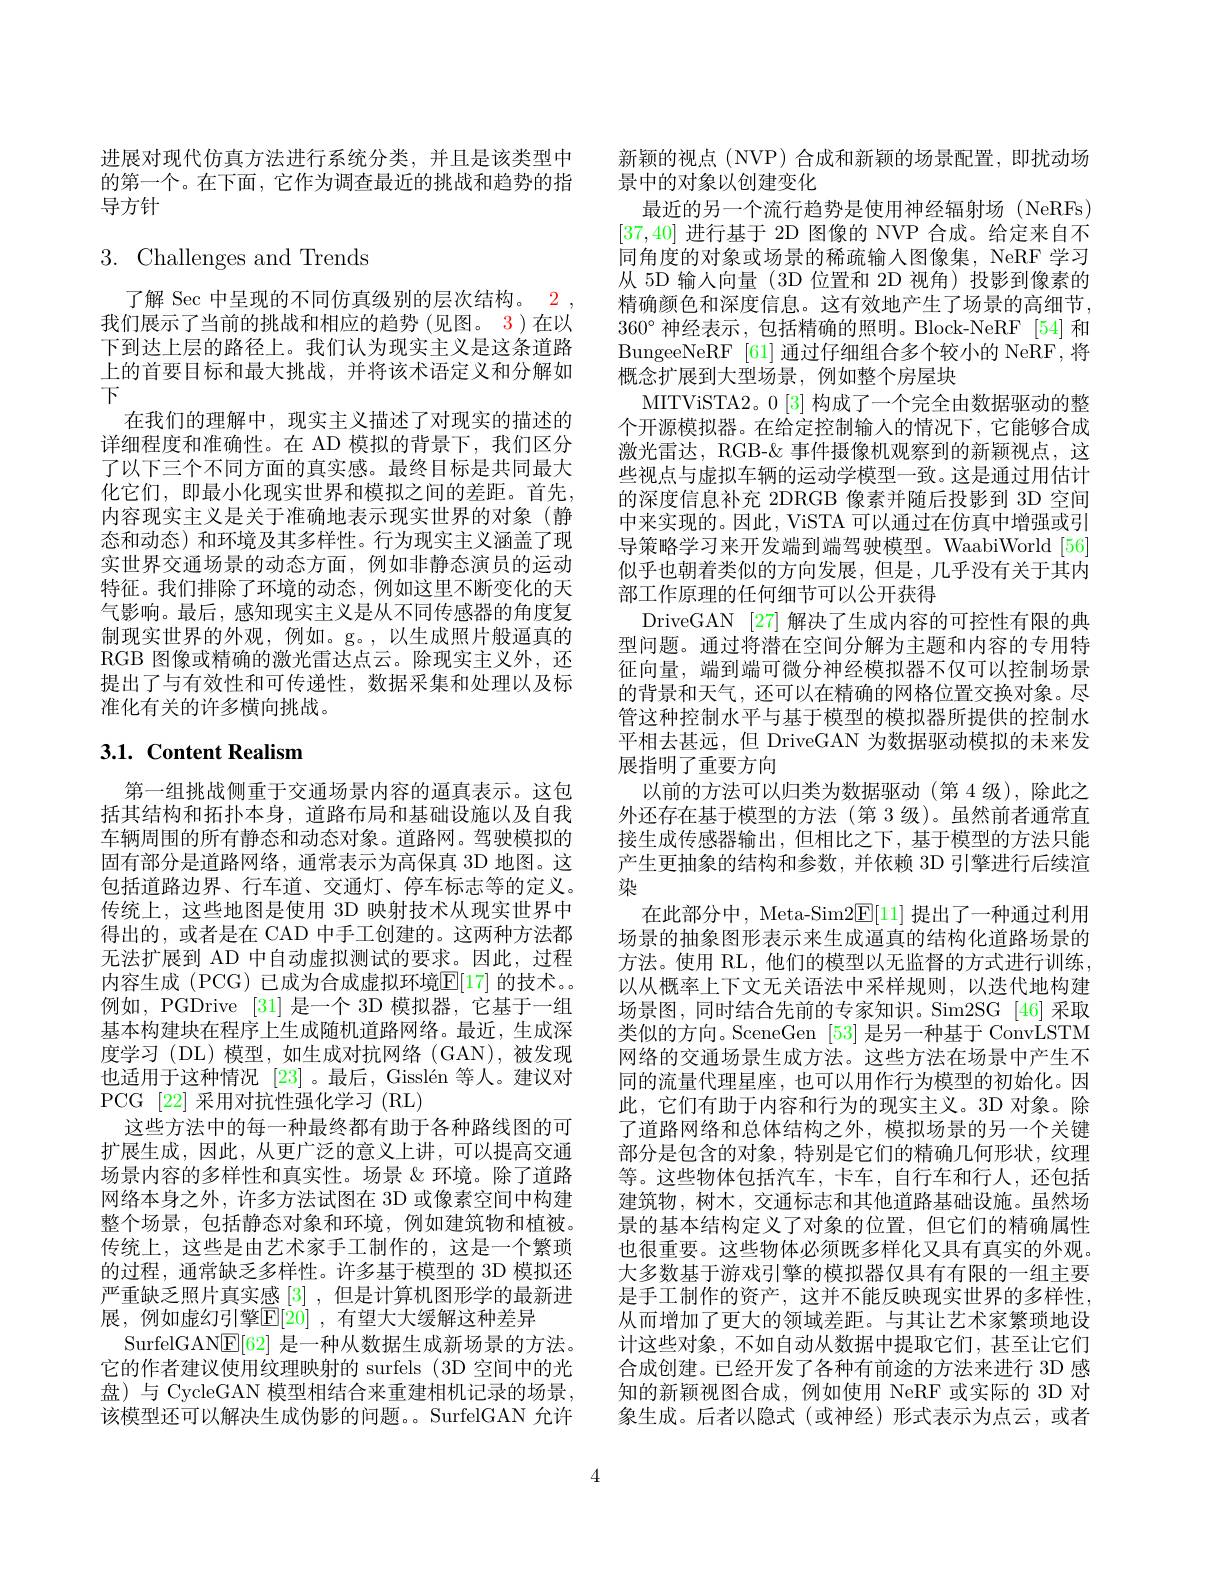
进展对现代仿真方法进行系统分类，并且是该类型中的第一个。在下面，它作为调查最近的挑战和趋势的指导方针

# $3.{\mathrm{Challenges~and~Trends}}$

了解 Sec 中呈现的不同仿真级别的层次结构。2 , 我们展示了当前的挑战和相应的趋势(见图。3)在以下到达上层的路径上。我们认为现实主义是这条道路上的首要目标和最大挑战，并将该术语定义和分解如下
在我们的理解中，现实主义描述了对现实的描述的详细程度和准确性。在 AD 模拟的背景下，我们区分了以下三个不同方面的真实感。最终目标是共同最大化它们，即最小化现实世界和模拟之间的差距。首先， 内容现实主义是关于准确地表示现实世界的对象(静态和动态)和环境及其多样性。行为现实主义涵盖了现实世界交通场景的动态方面，例如非静态演员的运动特征。我们排除了环境的动态，例如这里不断变化的天气影响。最后，感知现实主义是从不同传感器的角度复制现实世界的外观，例如。g。,以生成照片般逼真的RGB 图像或精确的激光雷达点云。除现实主义外，还提出了与有效性和可传递性，数据采集和处理以及标准化有关的许多横向挑战。

# 3.1. Content Realism

第一组挑战侧重于交通场景内容的逼真表示。这包括其结构和拓扑本身，道路布局和基础设施以及自我车辆周围的所有静态和动态对象。道路网。驾驶模拟的固有部分是道路网络，通常表示为高保真 3D 地图。这包括道路边界、行车道、交通灯、停车标志等的定义。传统上，这些地图是使用 3D 映射技术从现实世界中得出的，或者是在 CAD 中手工创建的。这两种方法都无法扩展到 AD 中自动虚拟测试的要求。因此，过程内容生成 (PCG) 已成为合成虚拟环境$\overline{\mathrm{E}}[17]$ 的技术。例如，PGDrive [31] 是一个 3D 模拟器，它基于一组基本构建块在程序上生成随机道路网络。最近，生成深度学习(DL)模型，如生成对抗网络(GAN),被发现也适用于这种情况 [23]。最后，Gisslén 等人。建议对PCG [22] 采用对抗性强化学习 (RL)
这些方法中的每一种最终都有助于各种路线图的可扩展生成，因此，从更广泛的意义上讲，可以提高交通场景内容的多样性和真实性。场景《环境。除了道路网络本身之外，许多方法试图在 3D 或像素空间中构建整个场景，包括静态对象和环境，例如建筑物和植被。传统上，这些是由艺术家手工制作的，这是一个繁琐的过程，通常缺乏多样性。许多基于模型的 3D 模拟还严重缺乏照片真实感[3] ,但是计算机图形学的最新进展，例如虚幻引擎$\mathbb{E}[20]$ ,有望大大缓解这种差异
SurfelGAN$\mathbb{E}[62]$是一种从数据生成新场景的方法。它的作者建议使用纹理映射的 surfels (3D 空间中的光盘)与 CycleGAN 模型相结合来重建相机记录的场景， 该模型还可以解决生成伪影的问题。SurfelGAN 允许

新颖的视点(NVP)合成和新颖的场景配置，即扰动场
景中的对象以创建变化
最近的另一个流行趋势是使用神经辐射场 (NeRFs) [37,40]进行基于 2D 图像的 NVP 合成。给定来自不同角度的对象或场景的稀疏输入图像集，NeRF 学习从 5D 输入向量 (3D 位置和 2D 视角)投影到像素的精确颜色和深度信息。这有效地产生了场景的高细节， $360^{\circ}$神经表示，包括精确的照明。Block-NeRF [54] 和BungeeNeRF [61] 通过仔细组合多个较小的 NeRF,将概念扩展到大型场景，例如整个房屋块
MITViSTA2。0 [3] 构成了一个完全由数据驱动的整个开源模拟器。在给定控制输入的情况下，它能够合成激光雷达，RGB-& 事件摄像机观察到的新颖视点，这些视点与虚拟车辆的运动学模型一致。这是通过用估计的深度信息补充 2DRGB 像素并随后投影到 3D 空间中来实现的。因此，ViSTA 可以通过在仿真中增强或引导策略学习来开发端到端驾驶模型。WaabiWorld[56] 似乎也朝着类似的方向发展，但是，几乎没有关于其内部工作原理的任何细节可以公开获得
DriveGAN [27] 解决了生成内容的可控性有限的典型问题。通过将潜在空间分解为主题和内容的专用特征向量，端到端可微分神经模拟器不仅可以控制场景的背景和天气，还可以在精确的网格位置交换对象。尽管这种控制水平与基于模型的模拟器所提供的控制水平相去甚远，但 DriveGAN 为数据驱动模拟的未来发展指明了重要方向
以前的方法可以归类为数据驱动 (第 4 级),除此之外还存在基于模型的方法(第 3 级)。虽然前者通常直接生成传感器输出，但相比之下，基于模型的方法只能产生更抽象的结构和参数，并依赖 3D 引擎进行后续渲染
在此部分中，Meta-Sim2E[11] 提出了一种通过利用场景的抽象图形表示来生成逼真的结构化道路场景的方法。使用 RL, 他们的模型以无监督的方式进行训练， 以从概率上下文无关语法中采样规则，以迭代地构建场景图，同时结合先前的专家知识。Sim2SG [46]采取类似的方向。SceneGen [53]是另一种基于 ConvLSTM 网络的交通场景生成方法。这些方法在场景中产生不同的流量代理星座，也可以用作行为模型的初始化。因此，它们有助于内容和行为的现实主义。3D 对象。除了道路网络和总体结构之外，模拟场景的另一个关键部分是包含的对象，特别是它们的精确几何形状，纹理等。这些物体包括汽车，卡车，自行车和行人，还包括建筑物，树木，交通标志和其他道路基础设施。虽然场景的基本结构定义了对象的位置，但它们的精确属性也很重要。这些物体必须既多样化又具有真实的外观。大多数基于游戏引擎的模拟器仅具有有限的一组主要是手工制作的资产，这并不能反映现实世界的多样性， 从而增加了更大的领域差距。与其让艺术家繁琐地设计这些对象，不如自动从数据中提取它们，甚至让它们合成创建。已经开发了各种有前途的方法来进行 3D 感知的新颖视图合成，例如使用 NeRF 或实际的 3D 对象生成。后者以隐式(或神经)形式表示为点云，或者

4